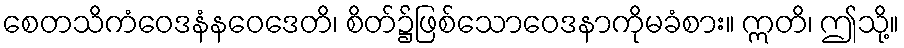
စေတသိကံဝေဒနံနဝေဒေတိ၊ စိတ်၌ဖြစ်သောဝေဒနာကိုမခံစား။ ဣတိ၊ ဤသို့။